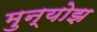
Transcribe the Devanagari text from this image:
मुन्योझ